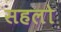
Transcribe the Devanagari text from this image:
सहलो